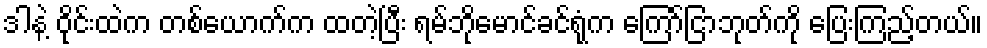
ဒါနဲ့ ဝိုင်းထဲက တစ်ယောက်က ထတဲ့ပြီး ရမ်ဘိုမောင်ခင်ရုံက ကြော်ငြာဘုတ်ကို ပြေးကြည့်တယ်။